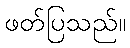
ဖတ်ပြသည်။